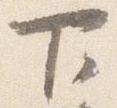
下